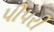
પીપરી